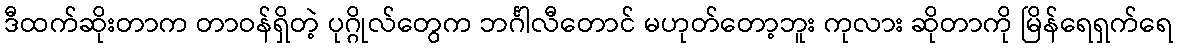
ဒီထက်ဆိုးတာက တာဝန်ရှိတဲ့ ပုဂ္ဂိုလ်တွေက ဘင်္ဂါလီတောင် မဟုတ်တော့ဘူး ကုလား ဆိုတာကို မြိန်ရေရှက်ရေ